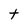
Character: t